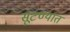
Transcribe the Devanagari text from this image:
सूटण्यात